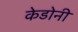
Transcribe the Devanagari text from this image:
केडोनी